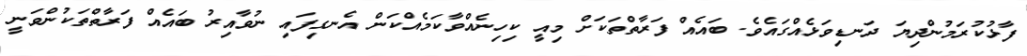
ފާޅުކުރަމުންދިޔަ ދަނޑިވަޅެއްގައެވެ. ބައެއް ފަރާތްތަކަށް މިއީ ކިހިނެއްވާކަމެއްކަން އެނގިފައި ނުވާއިރު ބައެއް ފަރާތްތަކުންވަނީ